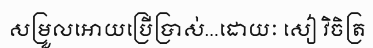
សម្រួលអោយប្រើប្រាស់...ដោយៈ សៀ វិចិត្រ